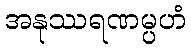
အနုဿရဏမ္ပဟံ